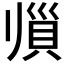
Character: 𲂫